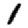
Digit: 1